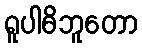
ရူပါဓိဘူတော